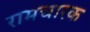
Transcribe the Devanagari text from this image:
रामचारक